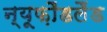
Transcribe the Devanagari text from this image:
न्यूफ़ौंडलैंड